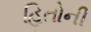
હિતોની